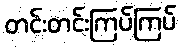
တင်းတင်းကြပ်ကြပ်